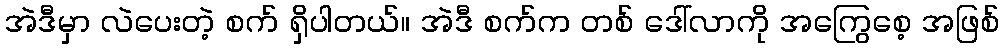
အဲဒီမှာ လဲပေးတဲ့ စက် ရှိပါတယ်။ အဲဒီ စက်က တစ် ဒေါ်လာကို အကြွေစေ့ အဖြစ်